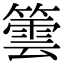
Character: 䉙